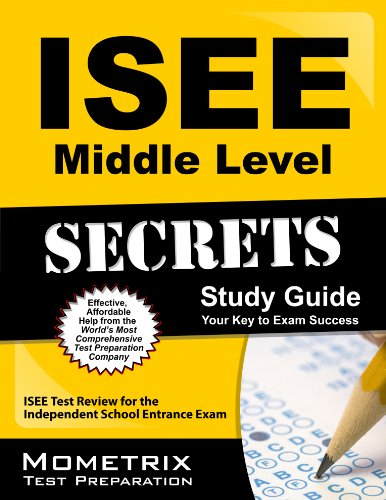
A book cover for ISEE Middle Level Secrets Study Guide: ISEE Test Review for the Independent School Entrance Exam; ISEE Exam Secrets Test Prep Team; Test Preparation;